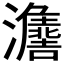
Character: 𱪒